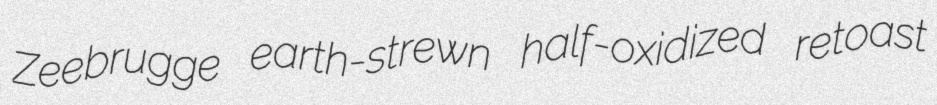
Zeebrugge earth-strewn half-oxidized retoast